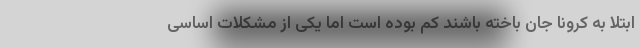
ابتلا به کرونا جان باخته باشند کم بوده است اما یکی از مشکلات اساسی